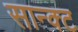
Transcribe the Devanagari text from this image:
सान्क्ट